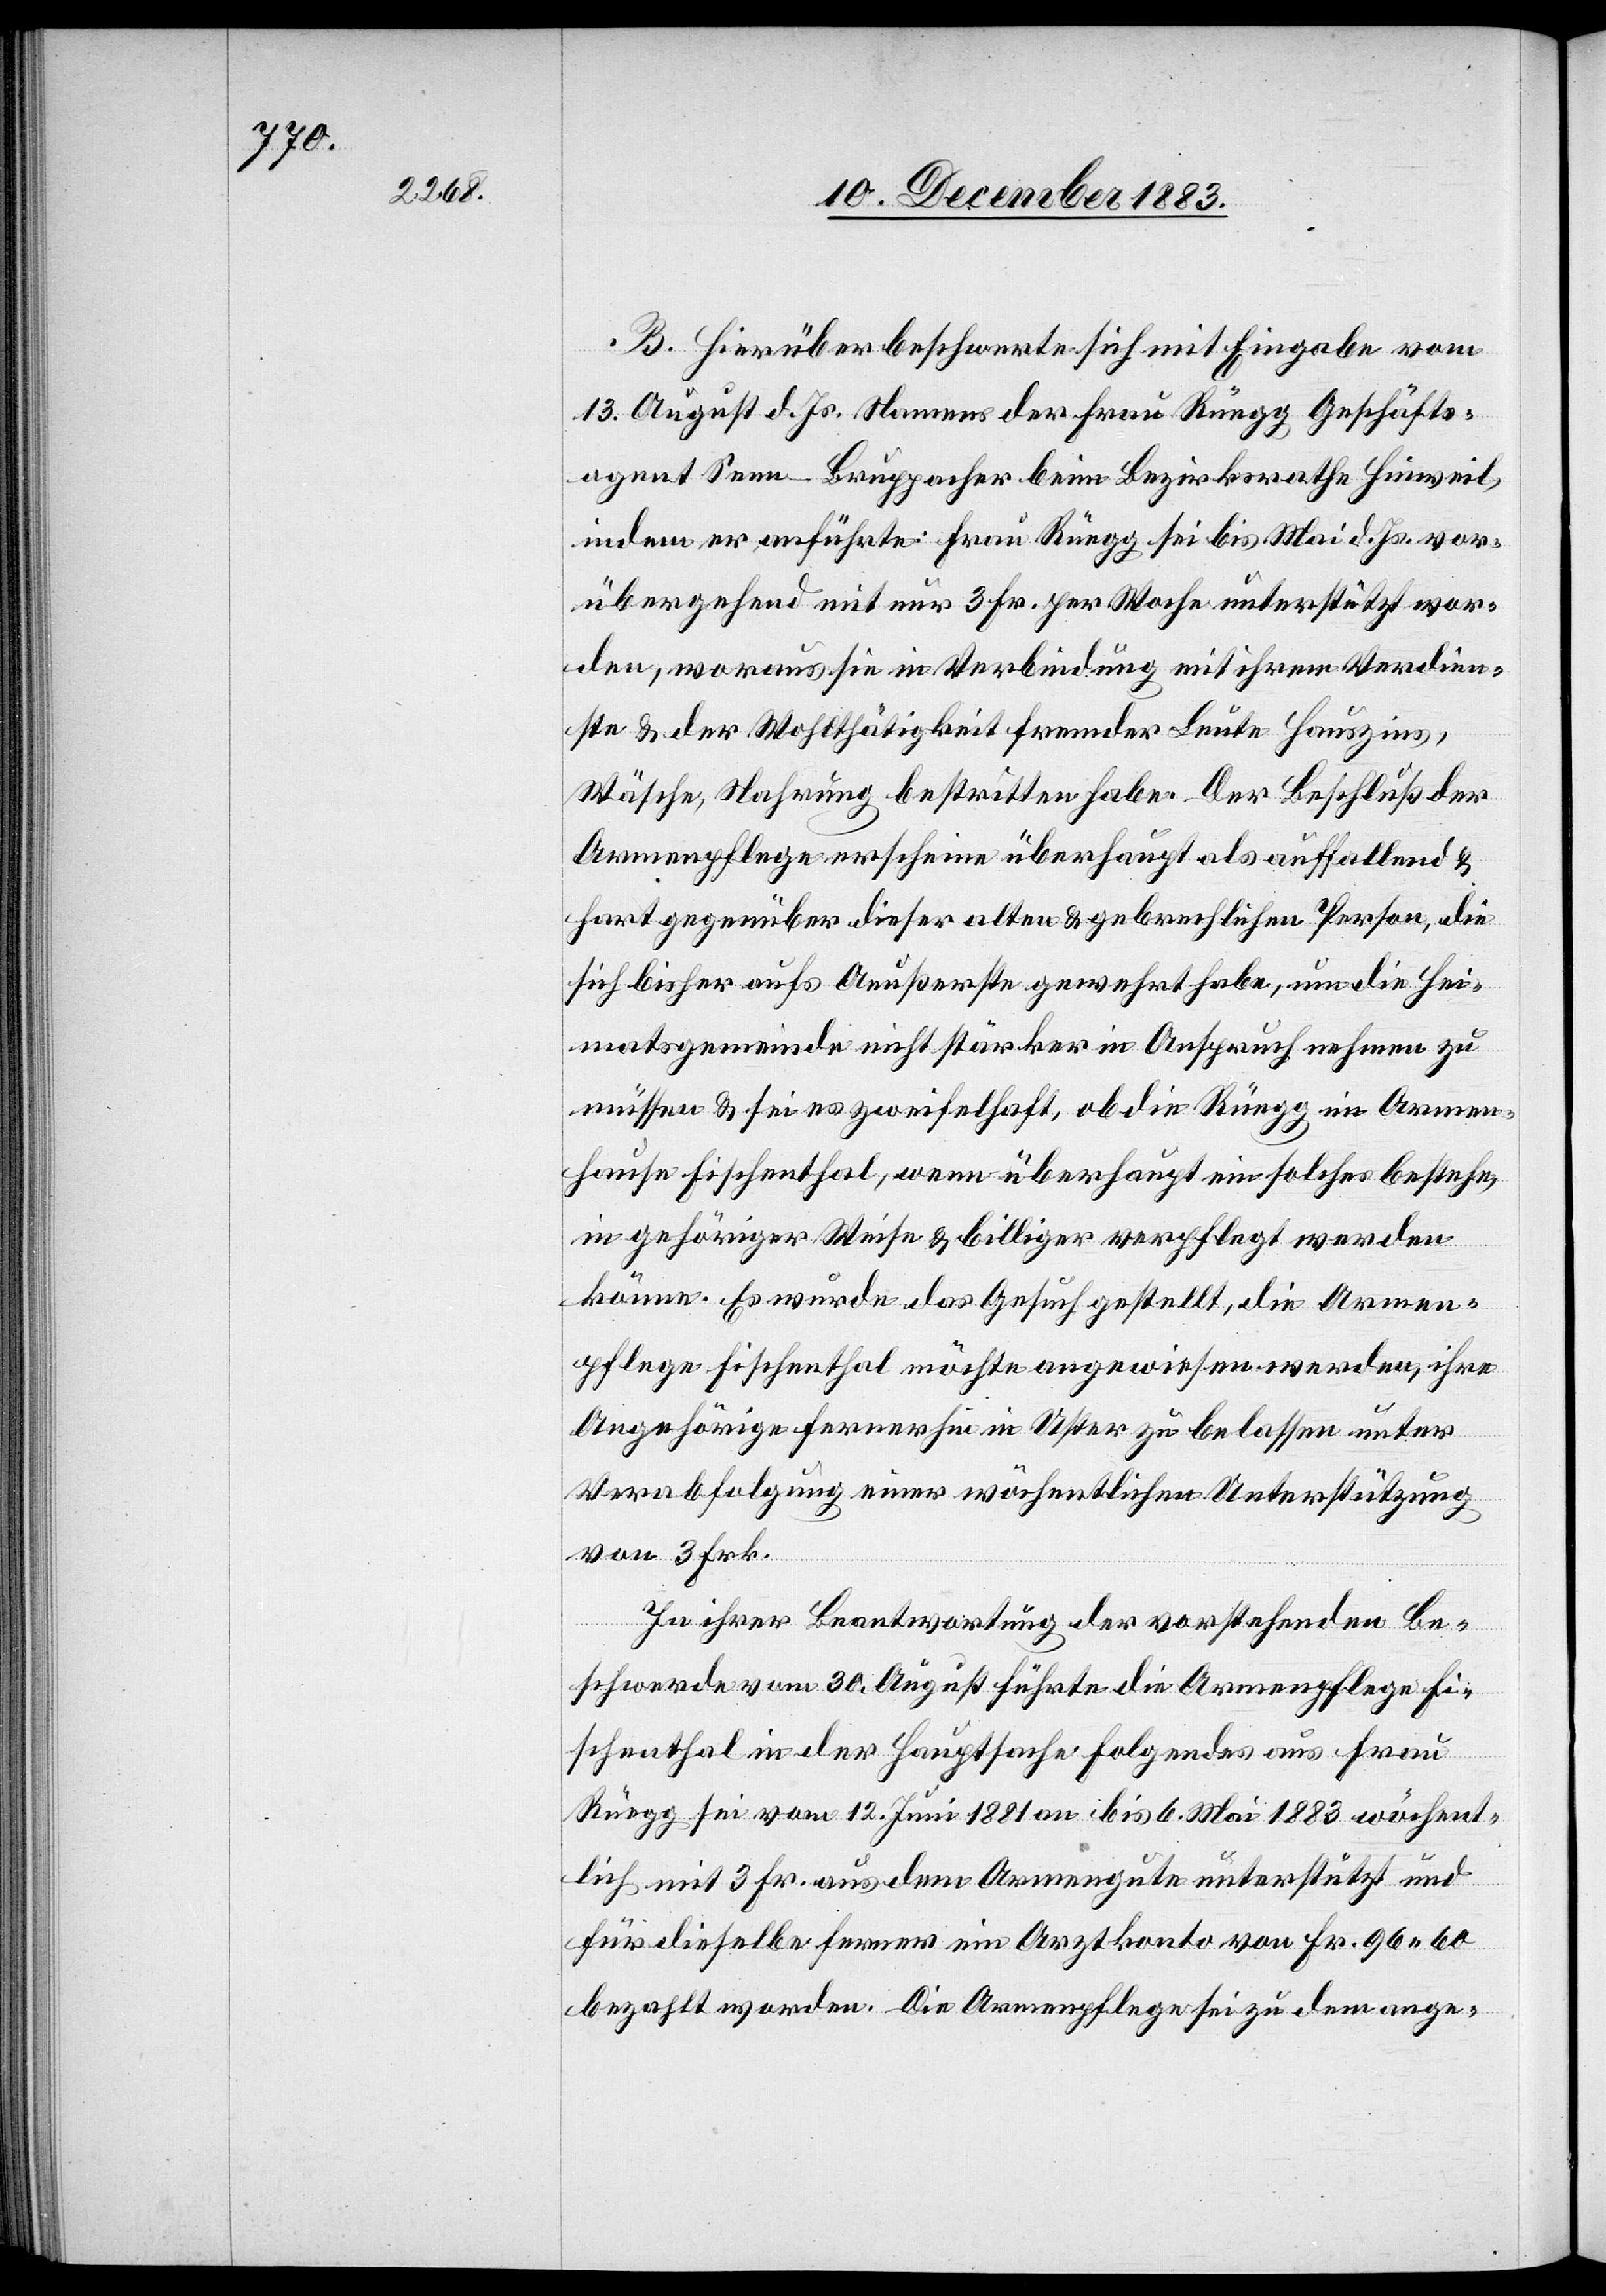
B. Hierüber beschwerte sich mit Eingabe vom
13. August d. Js. Namens der Frau Rüegg Geschäfts¬
agent Senn-Bruppacher beim Bezirksrathe Hinweil,
indem er anführte: Frau Rüegg sei bis Mai d. Js. vor¬
übergehend mit nur 3 Fr. per Woche unterstützt wor¬
den, woraus sie in Verbindung mit ihrem Verdien¬
ste & der Wohlthätigkeit fremder Leute Hauszins,
Wäsche, Nahrung bestritten habe. Der Beschluß der
Armenpflege erscheine überhaupt als auffallend &
hart gegenüber dieser alten & gebrechlichen Person die
sich bisher aufs Aeußerste gewehrt habe, um die Hei¬
matsgemeinde nicht stärker in Anspruch nehmen zu
müssen & sei es zweifelhaft, ob die Rüegg im Armen¬
hause Fischenthal, wenn überhaupt ein solches bestehe,
in gehöriger Wiese & billiger verpflegt werden
könne. Es wurde das Gesuch gestellt, die Armen¬
pflege Fischenthal möchte angewiesen werden, ihre
Angehörige fernerhin in Uster zu belassen unter
Verabfolgung einer wöchentlichen Unterstützung
von 3 Frk.
In Ihrer Beantwortung der vorstehenden Be¬
schwerde vom 30. August führte die Armenpflege Fi¬
schenthal in der Hauptsache folgendes aus[:] Frau
Rüegg sei vom 12. Juni 1881 an bis 6. Mai 1883 wöchent¬
lich mit 3 Fr. aus dem Armengute unterstützt und
für dieselbe ferner ein Arztkonto von Fr. 96 60
bezahlt worden. Die Armenpflege sei zu dem ange-